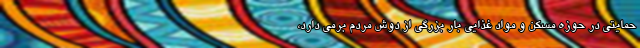
حمایتی در حوزه مسکن و مواد غذایی بار بزرگی از دوش مردم برمی دارد،